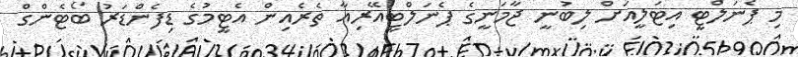
މި ޕެނަލްޓީ އިޓަލީއަށް ލިބުނީ ޖާމަނީގެ ޕެނަލްޓީއޭރިއާ ތެރެއިން އެޓީމުގެ ޑިފެންޑަރު ބޯޓެންގް